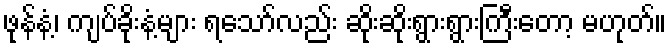
ဖုန်နံ့၊ ကျပ်ခိုးနံ့များ ရသော်လည်း ဆိုးဆိုးရွားရွားကြီးတော့ မဟုတ်။